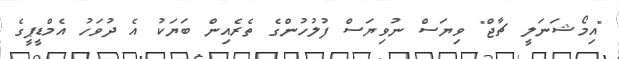
"އިމޯޝަނަލީ ޗާޖް" ވިޔަސް ނުވިޔަސް ފުލުހުންގެ ތެރެއިން ބަޔަކު އެ ދުވަހު އެމްޑީޕީގެ